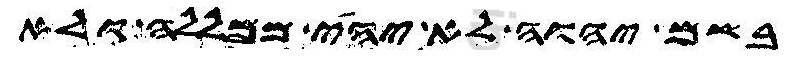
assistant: בשם יהוה לא יהי ממללה ולא